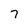
Character: 7